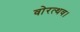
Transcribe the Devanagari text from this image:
वोरत्थव।